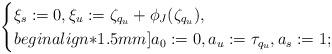
LaTeX: \begin{align*}\begin{cases}\xi_s := 0, \xi_u := \zeta_{q_u} + \phi_J (\zeta_{q_u}) , \\begin{align*}1.5mm]a_0 := 0, a_u := \tau_{q_u} , a_s := 1;\end{cases}\end{align*}